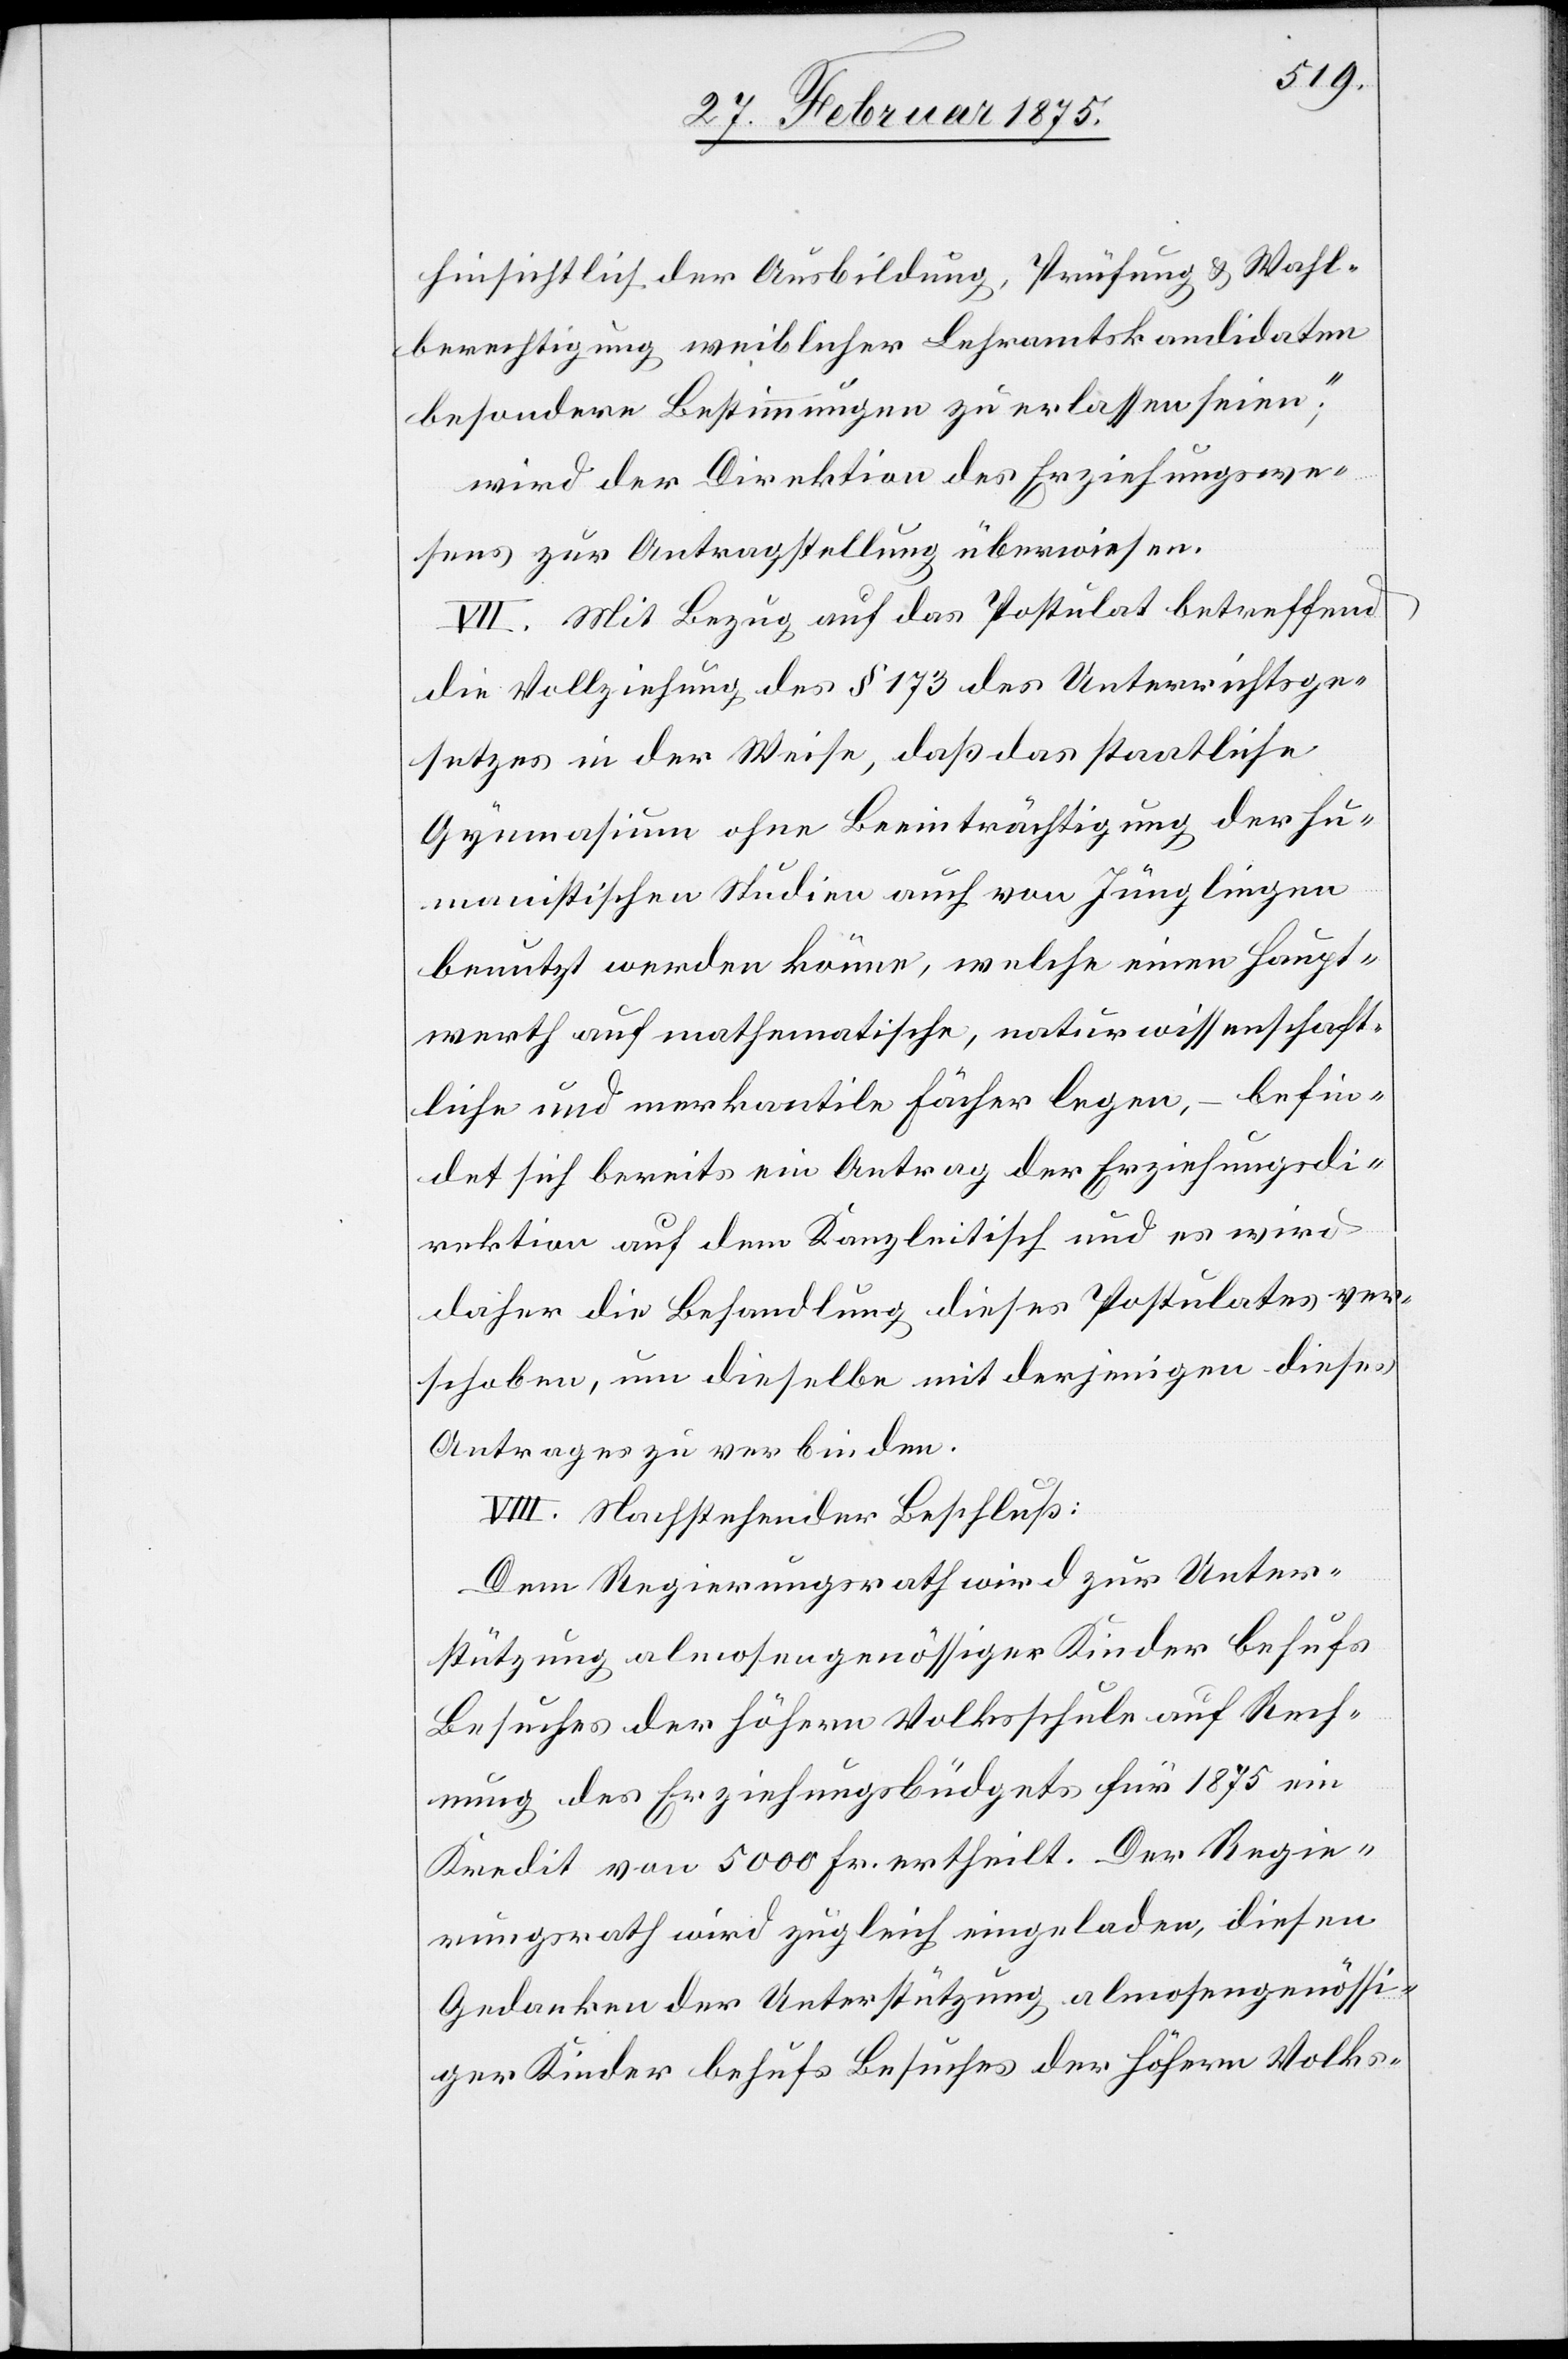
hinsichtlich der Ausbildung, Prüfung u. Wahl¬
berechtigung weiblicher Lehramtskandidaten
besondere Bestimmungen zu erlassen seien“;
wird der Direktion des Erziehungswe¬
sens zur Antragstellung überwiesen.
VII. Mit Bezug auf das Postulat betreffend
die Vollziehung des § 173 des Unterrichtsge¬
setzes in der Weise, daß das staatliche
Gymnasium ohne Beeinträchtigung der hu¬
manistischen Studien auch von Jünglingen
benutzt werden könne, welche einen Haupt¬
werth auf mathematische, naturwissenschaft¬
liche und merkantile Fächer legen, – befin¬
det sich bereits ein Antrag der Erziehungsdi¬
rektion auf dem Kanzleitisch und es wird
daher die Behandlung dieses Postulates ver¬
schoben, um dieselbe mit derjenigen dieses
Antrages zu verbinden.
VIII. Nachstehender Beschluß:
Dem Regierungsrath wird zur Unter¬
stützung almosengenössiger Kinder behufs
Besuches der höhern Volksschule auf Rech¬
nung des Erziehungsbüdgets für 1875 ein
Kredit von 5000 Fr. ertheilt. Der Regie¬
rungsrath wird zugleich eingeladen, diesen
Gedanken der Unterstützung almosengenössi¬
ger Kinder behufs Besuches der höhern Volks-